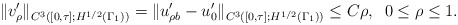
\begin{align*}\| v'_\rho \|_{C^3([0,\tau ];H^{1/2}(\Gamma _1))}=\|u'_{\rho b}-u'_0\|_{C^3([0,\tau ];H^{1/2}(\Gamma _1))}\leq C\rho ,\;\; 0\leq \rho \leq 1.\end{align*}